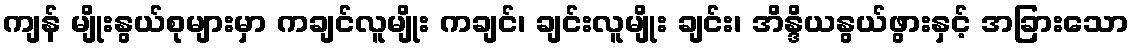
ကျန် မျိုးနွယ်စုများမှာ ကချင်လူမျိုး ကချင်၊ ချင်းလူမျိုး ချင်း၊ အိန္ဒိယနွယ်ဖွားနှင့် အခြားသော